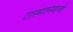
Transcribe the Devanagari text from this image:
टास्मानियाची